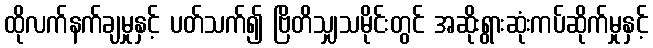
ထိုလက်နက်ချမှုနှင့် ပတ်သက်၍ ဗြိတိသျှသမိုင်းတွင် အဆိုးရွားဆုံးကပ်ဆိုက်မှုနှင့်